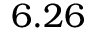
6 . 2 6